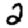
Digit: 2